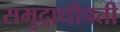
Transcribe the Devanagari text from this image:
समुद्राधीपती